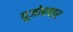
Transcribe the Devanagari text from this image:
पूजोपचार